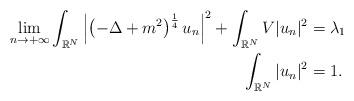
LaTeX: \begin{align*}\lim_{n \to +\infty} \int_{\mathbb{R}^N} \left| \left( -\Delta+m^2 \right)^\frac{1}{4} u_n \right|^2 + \int_{\mathbb{R}^N} V |u_n|^2 &= \lambda_1 \\\int_{\mathbb{R}^N} |u_n|^2 &=1. \end{align*}